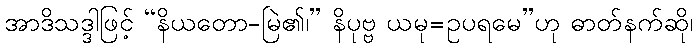
အာဒိသဒ္ဒါဖြင့် “နိယတော-မြဲ၏၊” နိပုဗ္ဗ ယမု=ဥပရမေ”ဟု ဓာတ်နက်ဆို၊